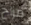
مزاح